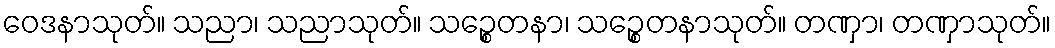
ဝေဒနာသုတ်။ သညာ၊ သညာသုတ်။ သဉ္စေတနာ၊ သဉ္စေတနာသုတ်။ တဏှာ၊ တဏှာသုတ်။